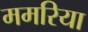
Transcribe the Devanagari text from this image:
ममरिया